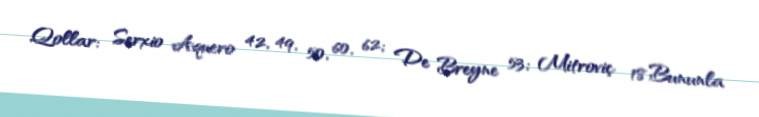
Qollar: Serxio Aquero 42, 49, 50, 60, 62; De Breyne 53; Mitroviç 18.Bununla